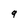
Character: 9